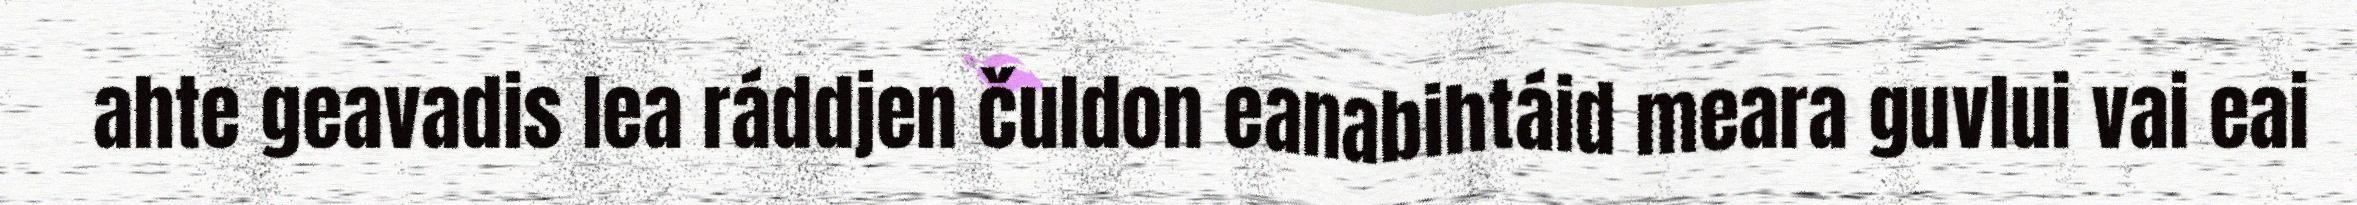
ahte geavadis lea ráddjen čuldon eanabihtáid meara guvlui vai eai